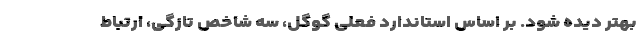
بهتر دیده شود. بر اساس استاندارد فعلی گوگل، سه شاخص تازگی، ارتباط